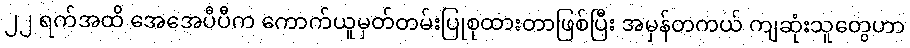
၂၂ ရက်အထိ အေအေပီပီက ကောက်ယူမှတ်တမ်းပြုစုထားတာဖြစ်ပြီး အမှန်တကယ် ကျဆုံးသူတွေဟာ